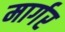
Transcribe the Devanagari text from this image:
मार्गर